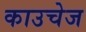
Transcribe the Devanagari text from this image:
काउचेज